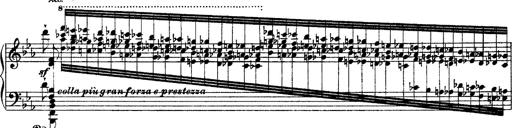
Title: Ã‰tudes d'exÃ©cution transcendante d'aprÃ¨s Paganini
Composer: Franz Liszt